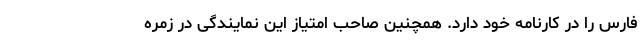
فارس را در کارنامه خود دارد. همچنین صاحب امتیاز این نمایندگی در زمره